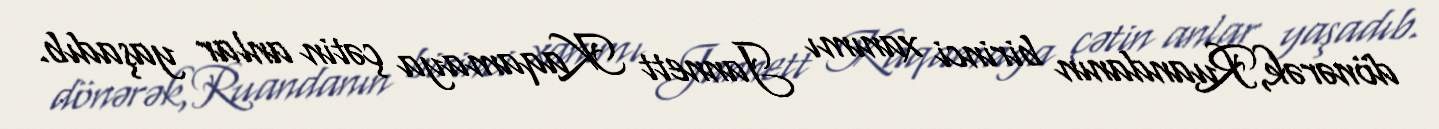
dönərək,Ruandanın birinci xanımı Jannett Kaqamaya çətin anlar yaşadıb.